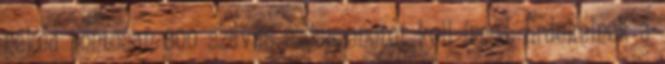
neked pontosan 300 szavas szösszenetet kell írnod. Érdekelnek a